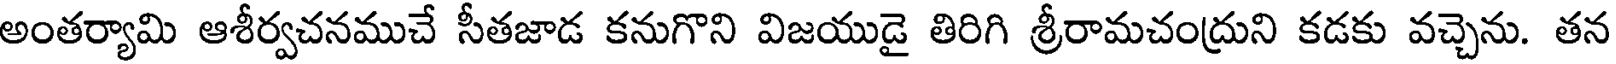
అంతర్యామి ఆశీర్వచనముచే సీతజాడ కనుగొని విజయుడై తిరిగి శ్రీరామచంద్రుని కడకు వచ్చెను. తన